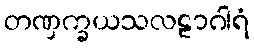
တဏှက္ခယသလဠာဂါရံ